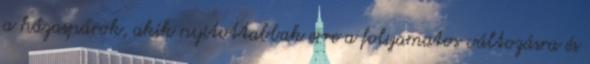
a házaspárok, akik nyitottabbak erre a folyamatos változásra és